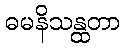
ဓမနိသန္ထတာ